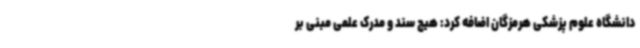
دانشگاه علوم پزشکی هرمزگان اضافه کرد: هیچ سند و مدرک علمی مبنی بر